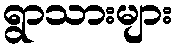
ရွာသားများ